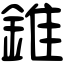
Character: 錐